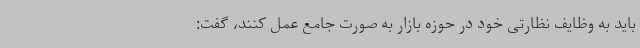
باید به وظایف نظارتی خود در حوزه بازار به صورت جامع عمل کنند، گفت: